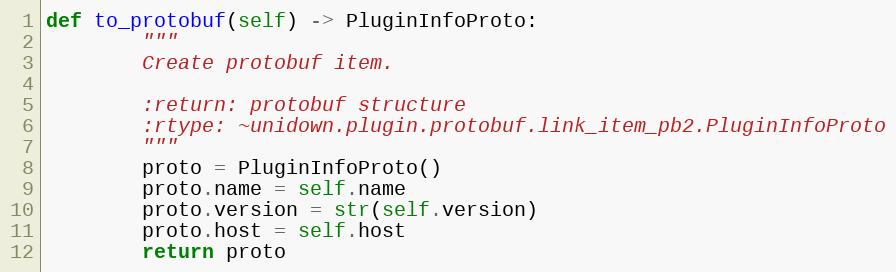
Language: Python
def to_protobuf(self) -> PluginInfoProto:
        """
        Create protobuf item.

        :return: protobuf structure
        :rtype: ~unidown.plugin.protobuf.link_item_pb2.PluginInfoProto
        """
        proto = PluginInfoProto()
        proto.name = self.name
        proto.version = str(self.version)
        proto.host = self.host
        return proto